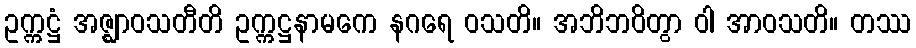
ဥက္ကဋ္ဌံ အဇ္ဈာဝသတီတိ ဥက္ကဋ္ဌနာမကေ နဂရေ ဝသတိ။ အဘိဘဝိတွာ ဝါ အာဝသတိ။ တဿ